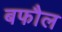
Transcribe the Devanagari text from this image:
बफौल